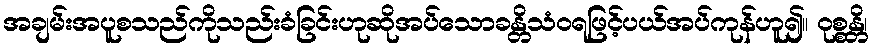
အချမ်းအပူစသည်ကိုသည်းခံခြင်းဟုဆိုအပ်သောခန္တိသံဝရဖြင့်ပယ်အပ်ကုန်ဟူ၍။ ဝုစ္စန္တိ၊